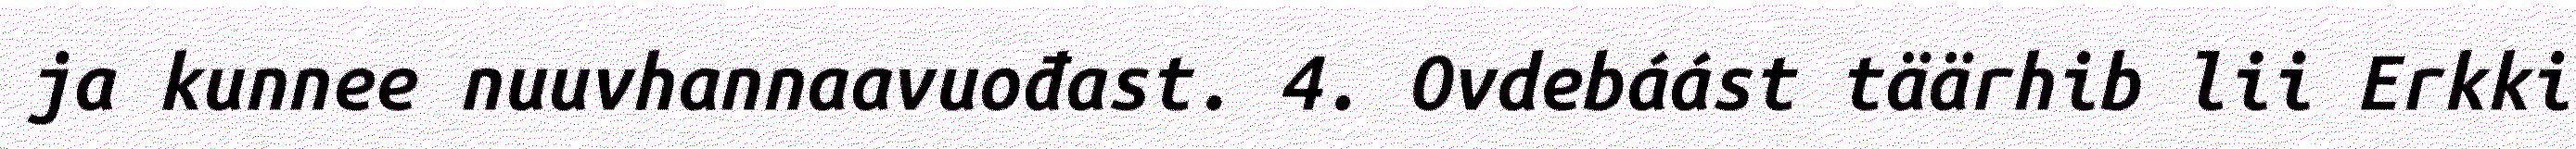
ja kunnee nuuvhannaavuođast. 4. Ovdebáást täärhib lii Erkki